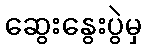
ဆွေးနွေးပွဲမှ